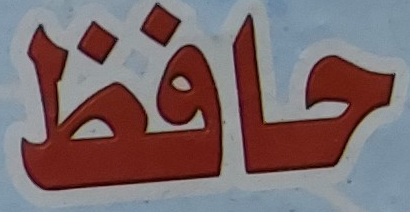
حافظ